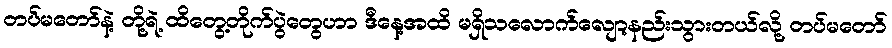
တပ်မတော်နဲ့ တို့ရဲ့ ထိတွေ့တိုက်ပွဲတွေဟာ ဒီနေ့အထိ မရှိသလောက်လျော့နည်းသွားတယ်လို့ တပ်မတော်